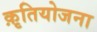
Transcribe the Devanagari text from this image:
क़ृतियोजना